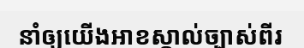
នាំឲ្យយើងអាខស្គាល់ច្បាស់ពីរ